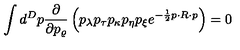
\int d ^ { D } p \frac { \partial } { \partial p _ { \varrho } } \left( p _ { \lambda } p _ { \tau } p _ { \kappa } p _ { \eta } p _ { \xi } e ^ { - \frac { 1 } { 2 } p \cdot R \cdot p } \right) = 0